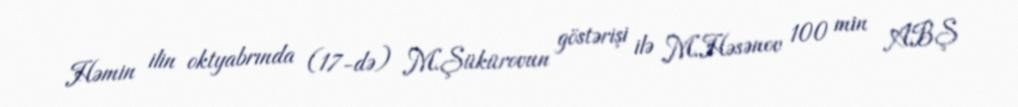
Həmin ilin oktyabrında (17-də) M.Şükürovun göstərişi ilə M.Həsənov 100 min ABŞ